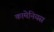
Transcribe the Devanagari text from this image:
कामेनियस